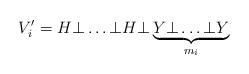
LaTeX: \begin{align*}V_i' =H\bot \dots \bot H \bot \underbrace{Y\bot \dots \bot Y}_{m_i}\end{align*}